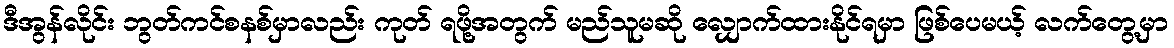
ဒီအွန်လိုင်း ဘွတ်ကင်စနစ်မှာလည်း ကုတ် ရဖို့အတွက် မည်သူမဆို လျှောက်ထားနိုင်ရမှာ ဖြစ်ပေမယ့် လက်တွေ့မှာ